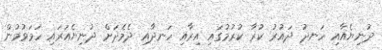
ދުނިޔެއާއި ހަނދު ދައުރު ކުރާ ކުރުމުގައި އިރާއި ހަނދާއި ދެމެދަށް ދުނިޔެއަރައި ހަމަވުމުން